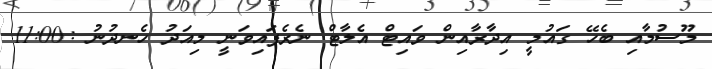
މޫސުމާއި ބެހޭ ގައުމީ އިދާރާއިން ވައިޓް އެލާޓް ނެރެފައިވަނީ މިއަދު ހެނދުނު :11:00